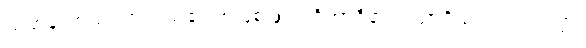
သမာနတာယ၊ တူသည်၏ အဖြစ်ဖြင့်။ ဝိဘာဝိနာ၊ ပညာရှိသည်။ ဉာတဗ္ဗာ၊